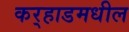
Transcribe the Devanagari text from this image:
कर्‍हाडमधील